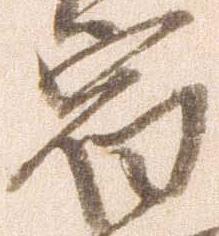
宿